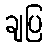
ချပြ